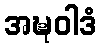
အဍ္ဎဝါဒံ